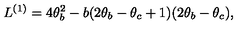
L ^ { ( 1 ) } = 4 \theta _ { b } ^ { 2 } - b ( 2 \theta _ { b } - \theta _ { c } + 1 ) ( 2 \theta _ { b } - \theta _ { c } ) ,